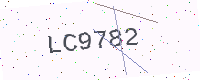
Text: LC9782